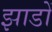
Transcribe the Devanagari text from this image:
झाडों